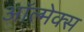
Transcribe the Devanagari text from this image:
ऑल्मेक्स